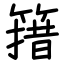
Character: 簎